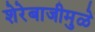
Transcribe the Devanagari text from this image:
शेरेबाजीमुळे